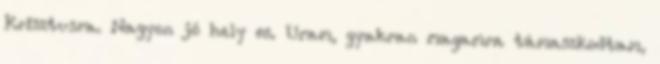
Krisztusra. Nagyon jó hely ez. Uram, gyakran magamra támaszkodtam,